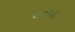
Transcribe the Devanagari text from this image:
९११४